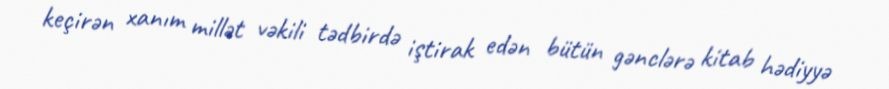
keçirən xanım millət vəkili tədbirdə iştirak edən bütün gənclərə kitab hədiyyə